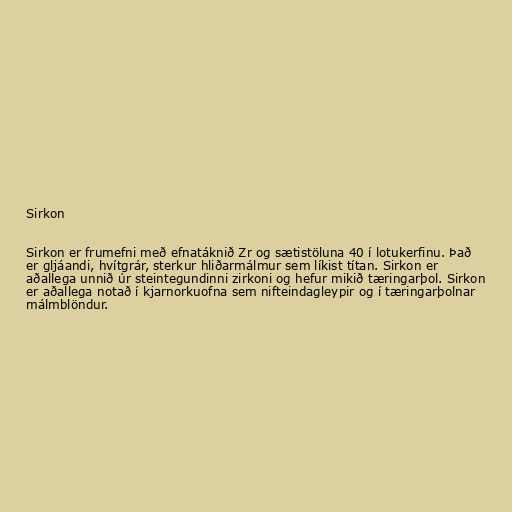
Sirkon

Sirkon er frumefni með efnatáknið Zr og sætistöluna 40 í lotukerfinu. Það
er gljáandi, hvítgrár, sterkur hliðarmálmur sem líkist títan. Sirkon er
aðallega unnið úr steintegundinni zirkoni og hefur mikið tæringarþol. Sirkon
er aðallega notað í kjarnorkuofna sem nifteindagleypir og í tæringarþolnar
málmblöndur.